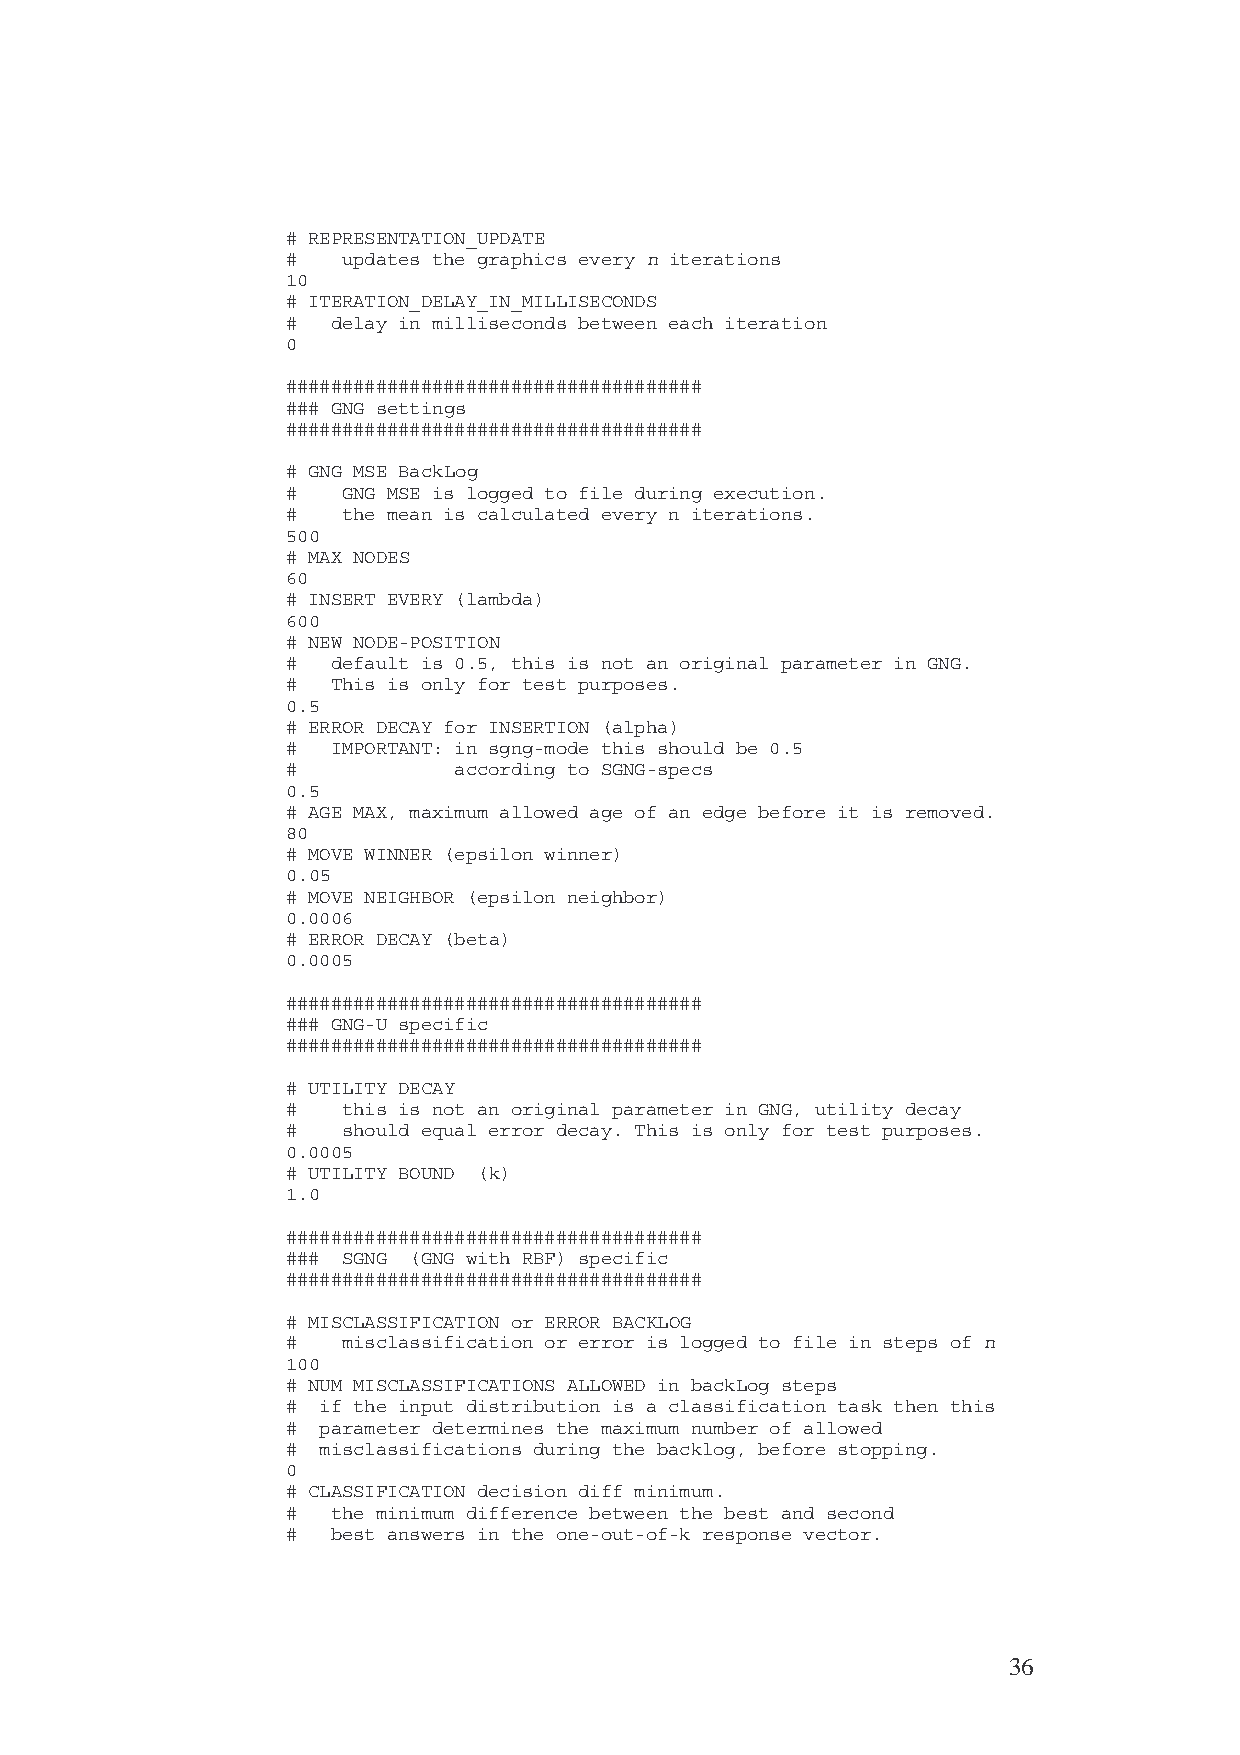
# REPRESENTATION_UPDATE
 #   updates the graphics every n iterations
 10
 # ITERATION_DELAY_IN_MILLISECONDS
 #  delay in milliseconds between each iteration
 0
 #####################################
 ### GNG settings
 #####################################
 # GNG MSE BackLog
 #   GNG MSE is logged to file during execution.
 #   the mean is calculated every n iterations.
 500
 # MAX NODES
 60
 # INSERT EVERY (lambda)
 600
 # NEW NODE-POSITION
 #  default is 0.5, this is not an original parameter in GNG.
 #  This is only for test purposes.
 0.5
 # ERROR DECAY for INSERTION (alpha)
 #  IMPORTANT: in sgng-mode this should be 0.5
 #          according to SGNG-specs
 0.5
 # AGE MAX, maximum allowed age of an edge before it is removed.
 80
 # MOVE WINNER (epsilon winner)
 0.05
 # MOVE NEIGHBOR (epsilon neighbor)
 0.0006
 # ERROR DECAY (beta)
 0.0005
 #####################################
 ### GNG-U specific
 #####################################
 # UTILITY DECAY
 #   this is not an original parameter in GNG, utility decay
 #   should equal error decay. This is only for test purposes.
 0.0005
 # UTILITY BOUND (k)
 1.0
 #####################################
 ### SGNG (GNG with RBF) specific
 #####################################
 # MISCLASSIFICATION or ERROR BACKLOG
 #   misclassification or error is logged to file in steps of n
 100
 # NUM MISCLASSIFICATIONS ALLOWED in backLog steps
 # if the input distribution is a classification task then this
 # parameter determines the maximum number of allowed
 # misclassifications during the backlog, before stopping.
 0
 # CLASSIFICATION decision diff minimum.
 #  the minimum difference between the best and second
 #  best answers in the one-out-of-k response vector.
 36